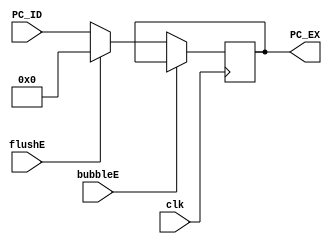
`timescale 1ns / 1ps
//  
    // ID\EXPC
// 
    // clk               
    // PC_ID             PC
    // bubbleE           EXbubble
    // flushE            EXflush
// 
    // PC_EX             PC
//   
    // 

module PC_EX(
    input wire clk, bubbleE, flushE,
    input wire [31:0] PC_ID,
    output reg [31:0] PC_EX
    );

    initial PC_EX = 0;
    
    always@(posedge clk)
        if (!bubbleE) 
        begin
            if (flushE)
                PC_EX <= 0;
            else 
                PC_EX <= PC_ID;
        end
    
endmodule